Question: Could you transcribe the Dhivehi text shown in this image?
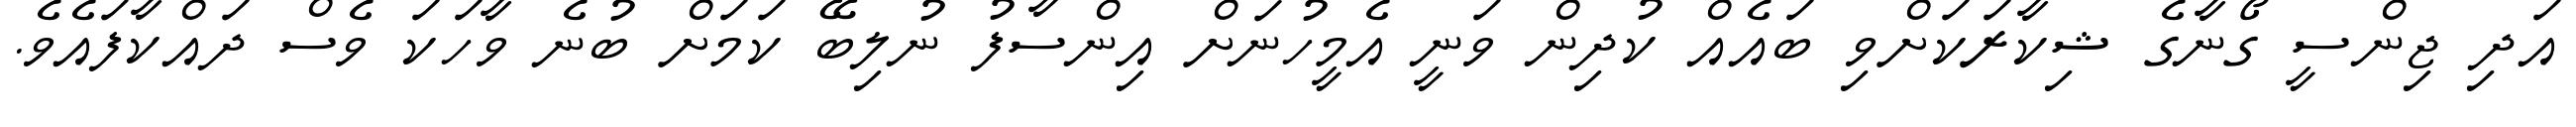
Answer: އަދި ޖިންސީ ގޯނާގެ ޝިކާރަކަށްވި ބައެއް ކުދިން ވަނީ އެމީހުނަށް އިންސާފު ނުލިބޭ ކަމަށް ބުނެ ވާހަކަ ވެސް ދައްކާފައެވެ.